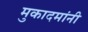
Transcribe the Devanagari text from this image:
मुकादमांनी